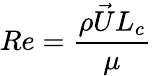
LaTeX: Re=\frac{\rho\vec{U}L_{c}}{\mu}